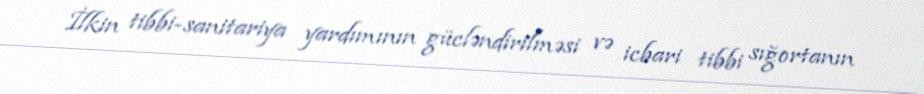
İlkin tibbi-sanitariya yardımının gücləndirilməsi və icbari tibbi sığortanın